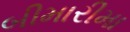
બીમારીમા